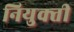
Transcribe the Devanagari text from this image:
नियुक्‍ती